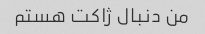
من دنبال ژاکت هستم